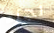
لجزء